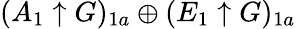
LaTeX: (A_{1}\uparrow G)_{1a}\oplus(E_{1}\uparrow G)_{1a}